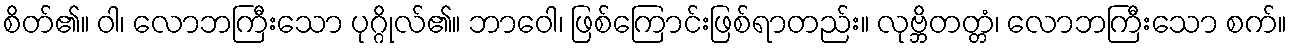
စိတ်၏။ ဝါ၊ လောဘကြီးသော ပုဂ္ဂိုလ်၏။ ဘာဝေါ၊ ဖြစ်ကြောင်းဖြစ်ရာတည်း။ လုဗ္ဘိတတ္တံ၊ လောဘကြီးသော စက်။